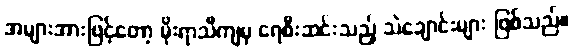
အများအားဖြင့်တော့ မိုးရာသီကျမှ ရေစီးဆင်းသည့် သဲချောင်းများ ဖြစ်သည်။